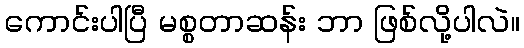
ကောင်းပါပြီ မစ္စတာဆန်း ဘာ ဖြစ်လို့ပါလဲ။